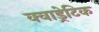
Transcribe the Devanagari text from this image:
क्वाड्रेटिक